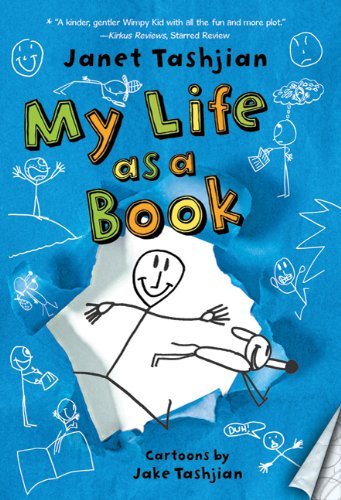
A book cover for My Life as a Book (The My Life series); Janet Tashjian; Children's Books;